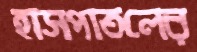
হাসপাতলের